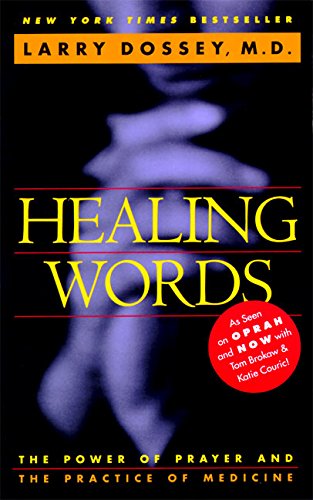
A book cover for Healing Words: The Power of Prayer and the Practice of Medicine; Larry Dossey; Religion & Spirituality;